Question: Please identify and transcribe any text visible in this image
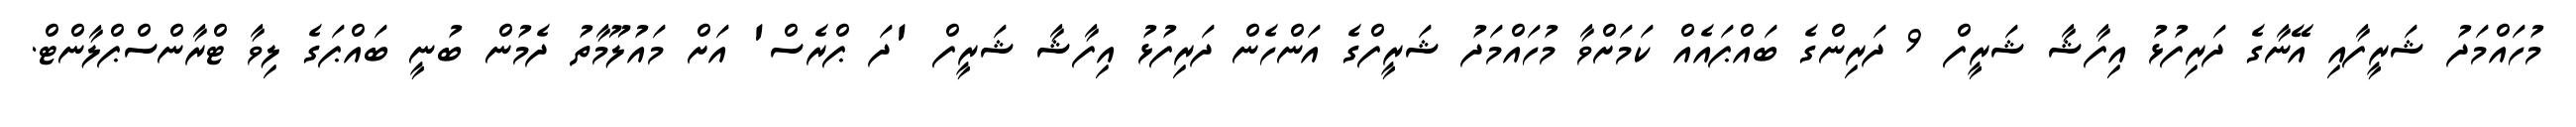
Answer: މުހައްމަދު ޝަރީފާއި އޭނާގެ ދަރިފުޅު އިފާޝާ ޝަރީފް 9 ދަރިންގެ ބައްޕައެއް ކަމަށްވާ މުހައްމަދު ޝަރީފްގެ އަންހެން ދަރިފުޅު އިފާޝާ ޝަރީފް 'ދަ ޕްރެސް' އަށް މައުލޫމާތު ދެމުން ބުނީ ބައްޕަގެ ލިވާ ޓްރާންސްޕްލާންޓް.